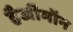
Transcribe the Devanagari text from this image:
हैजीमॉन